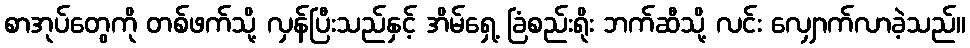
စာအုပ်တွေကို တစ်ဖက်သို့ လှန်ပြီးသည်နှင့် အိမ်ရှေ့ ခြံစည်းရိုး ဘက်ဆီသို့ လင်း လျှောက်လာခဲ့သည်။